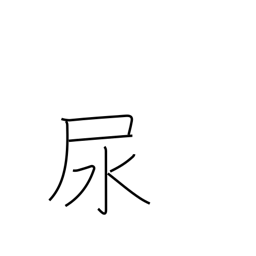
Meaning: urine